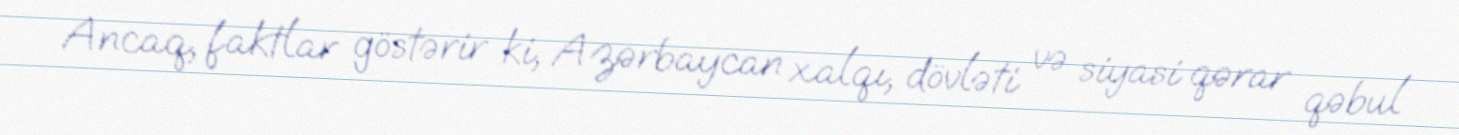
Ancaq, faktlar göstərir ki, Azərbaycan xalqı, dövləti və siyasi qərar qəbul